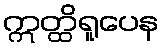
ဣတ္ထိရူပေန